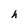
Character: h